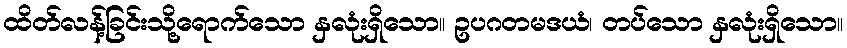
ထိတ်လန့်ခြင်းသို့ရောက်သော နှလုံးရှိသော။ ဥပဂတမဒယံ၊ တပ်သော နှလုံးရှိသော။